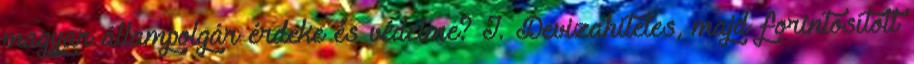
magyar állampolgár érdeke és védelme? I. Devizahiteles, majd forintosított